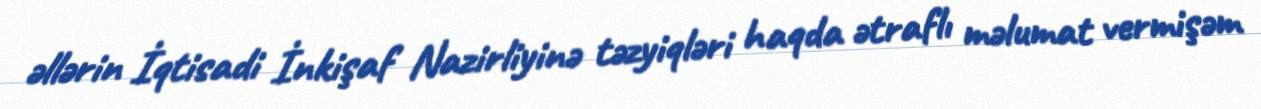
əllərin İqtisadi İnkişaf Nazirliyinə təzyiqləri haqda ətraflı məlumat vermişəm